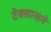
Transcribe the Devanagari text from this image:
टेक्सासने